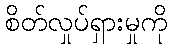
စိတ်လှုပ်ရှားမှုကို